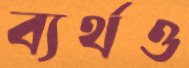
ব্যর্থও